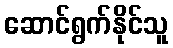
ဆောင်ရွက်နိုင်သူ